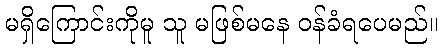
မရှိကြောင်းကိုမူ သူ မဖြစ်မနေ ဝန်ခံရပေမည်။